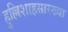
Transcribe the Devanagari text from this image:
हुल्लिशाहसारख्या